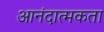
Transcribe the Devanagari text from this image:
आनंदात्मकता